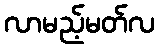
လာမည့်မတ်လ